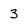
Character: 3